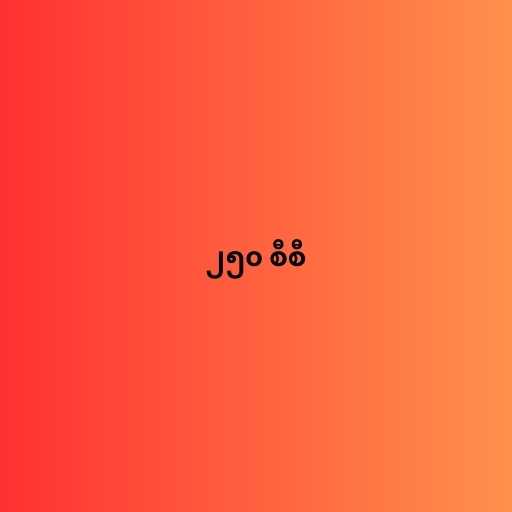
၂၅၀ စီစီ